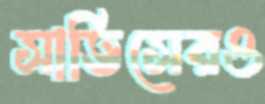
সার্ভিসেরও